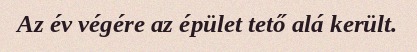
Az év végére az épület tető alá került.